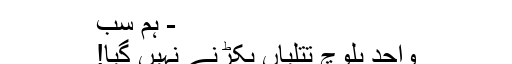
- ہم سب
واحد بلوچ تتلیاں پکڑنے نہیں گیا!